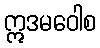
ဣဒမဝေါစ